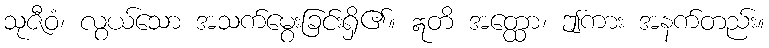
သုဇီဝံ၊ လွယ်သော အသက်မွေးခြင်းရှိ၏။ ဣတိ အတ္ထော၊ ဤကား အနက်တည်း။